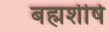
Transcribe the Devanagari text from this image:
बह्मशीर्ष